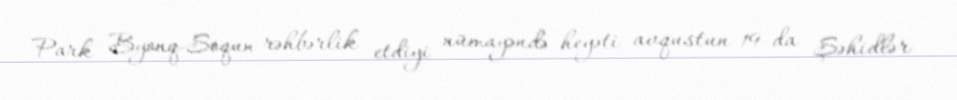
Park Byonq-Soqun rəhbərlik etdiyi nümayəndə heyəti avqustun 19-da Şəhidlər